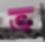
ভ